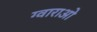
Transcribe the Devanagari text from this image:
ग्वाराओ